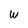
Character: W